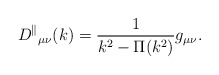
\begin{align*}{D^\parallel}_{\mu \nu}(k) = \frac{1}{k^2- \Pi(k^2)} g_{\mu \nu}.\end{align*}